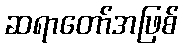
ဆရာတော်အဖြစ်